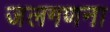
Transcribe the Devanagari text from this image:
जलगणना